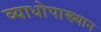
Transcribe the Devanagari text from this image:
व्याधोपाख्यान